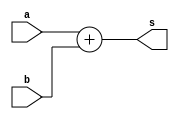
module adder4 (
	input  [3:0] a,
	input  [3:0] b,
	output [3:0] s
	);
	
	assign s = a + b;
	
endmodule